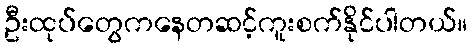
ဦးထုပ်တွေကနေတဆင့်ကူးစက်နိုင်ပါတယ်။